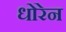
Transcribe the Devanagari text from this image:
धोरेन